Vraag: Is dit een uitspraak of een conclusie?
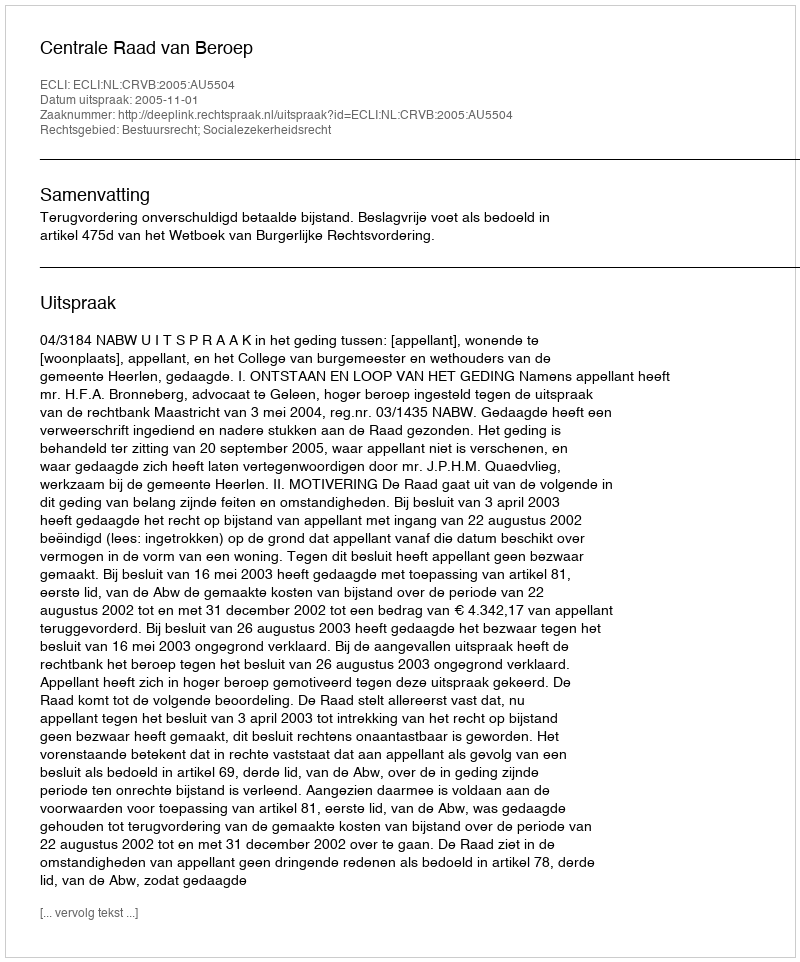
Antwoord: Uitspraak